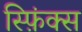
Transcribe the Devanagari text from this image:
स्फ़िंक्स